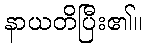
နာယတိပြီး၏။